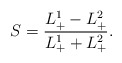
\begin{align*}S= {L^1_+ - L^2_+ \over L^1_+ + L^2_+}.\end{align*}